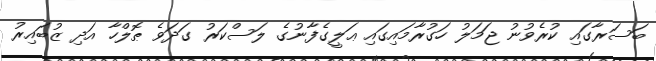
ބަސަރާގައި ކުރެވުނު ޖަމަލު ހަގުރާމައިގައި ޢަލީގެފާނުގެ ލަސްކަރު ގަދަވެ ޠޮލްހާ އަދި ޒުބައިރު